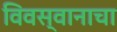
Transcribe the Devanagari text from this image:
विवस्वानाचा